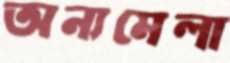
অন্যমেলা